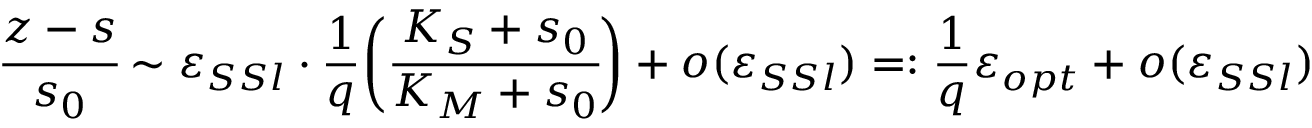
\cfrac { z - s } { s _ { 0 } } \sim \varepsilon _ { S S l } \cdot \frac 1 q \bigg ( \cfrac { K _ { S } + s _ { 0 } } { K _ { M } + s _ { 0 } } \bigg ) + o ( \varepsilon _ { S S l } ) = : \frac 1 q \varepsilon _ { o p t } + o ( \varepsilon _ { S S l } )